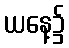
ယနေ့၌